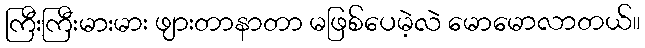
ကြီးကြီးမားမား ဖျားတာနာတာ မဖြစ်ပေမဲ့လဲ မောမောလာတယ်။